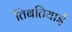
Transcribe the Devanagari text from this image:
तिबतियाई